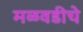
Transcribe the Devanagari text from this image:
मळवडीचे